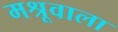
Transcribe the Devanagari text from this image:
मश्रूवाला